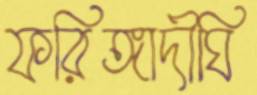
ফরিঙ্গাদীঘি